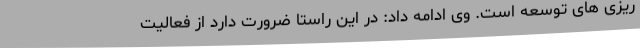
ریزی های توسعه است. وی ادامه داد: در این راستا ضرورت دارد از فعالیت